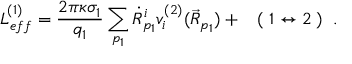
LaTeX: L _ { e f f } ^ { ( 1 ) } = \frac { 2 \pi \kappa \sigma _ { 1 } } { q _ { 1 } } \sum _ { p _ { 1 } } \dot { R } _ { p _ { 1 } } ^ { i } v _ { i } ^ { ( 2 ) } ( \vec { R } _ { p _ { 1 } } ) + \; \; \; ( \; 1 \leftrightarrow 2 \; ) \; \; .